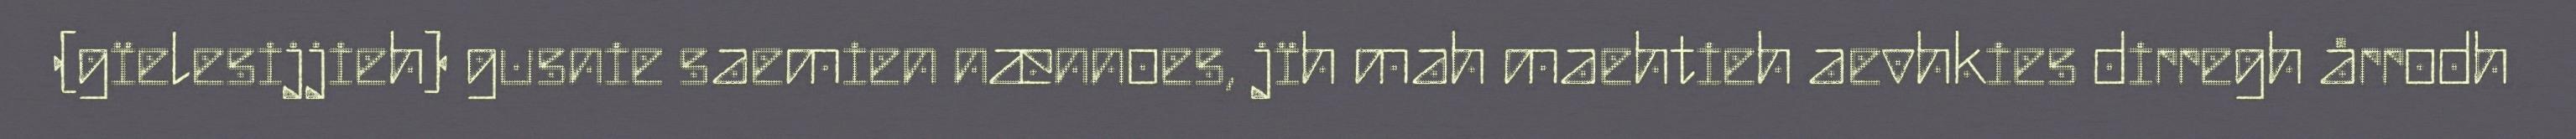
(gïelesijjieh) gusnie saemien nænnoes, jïh mah maehtieh aevhkies dirregh årrodh